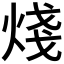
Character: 𪸶